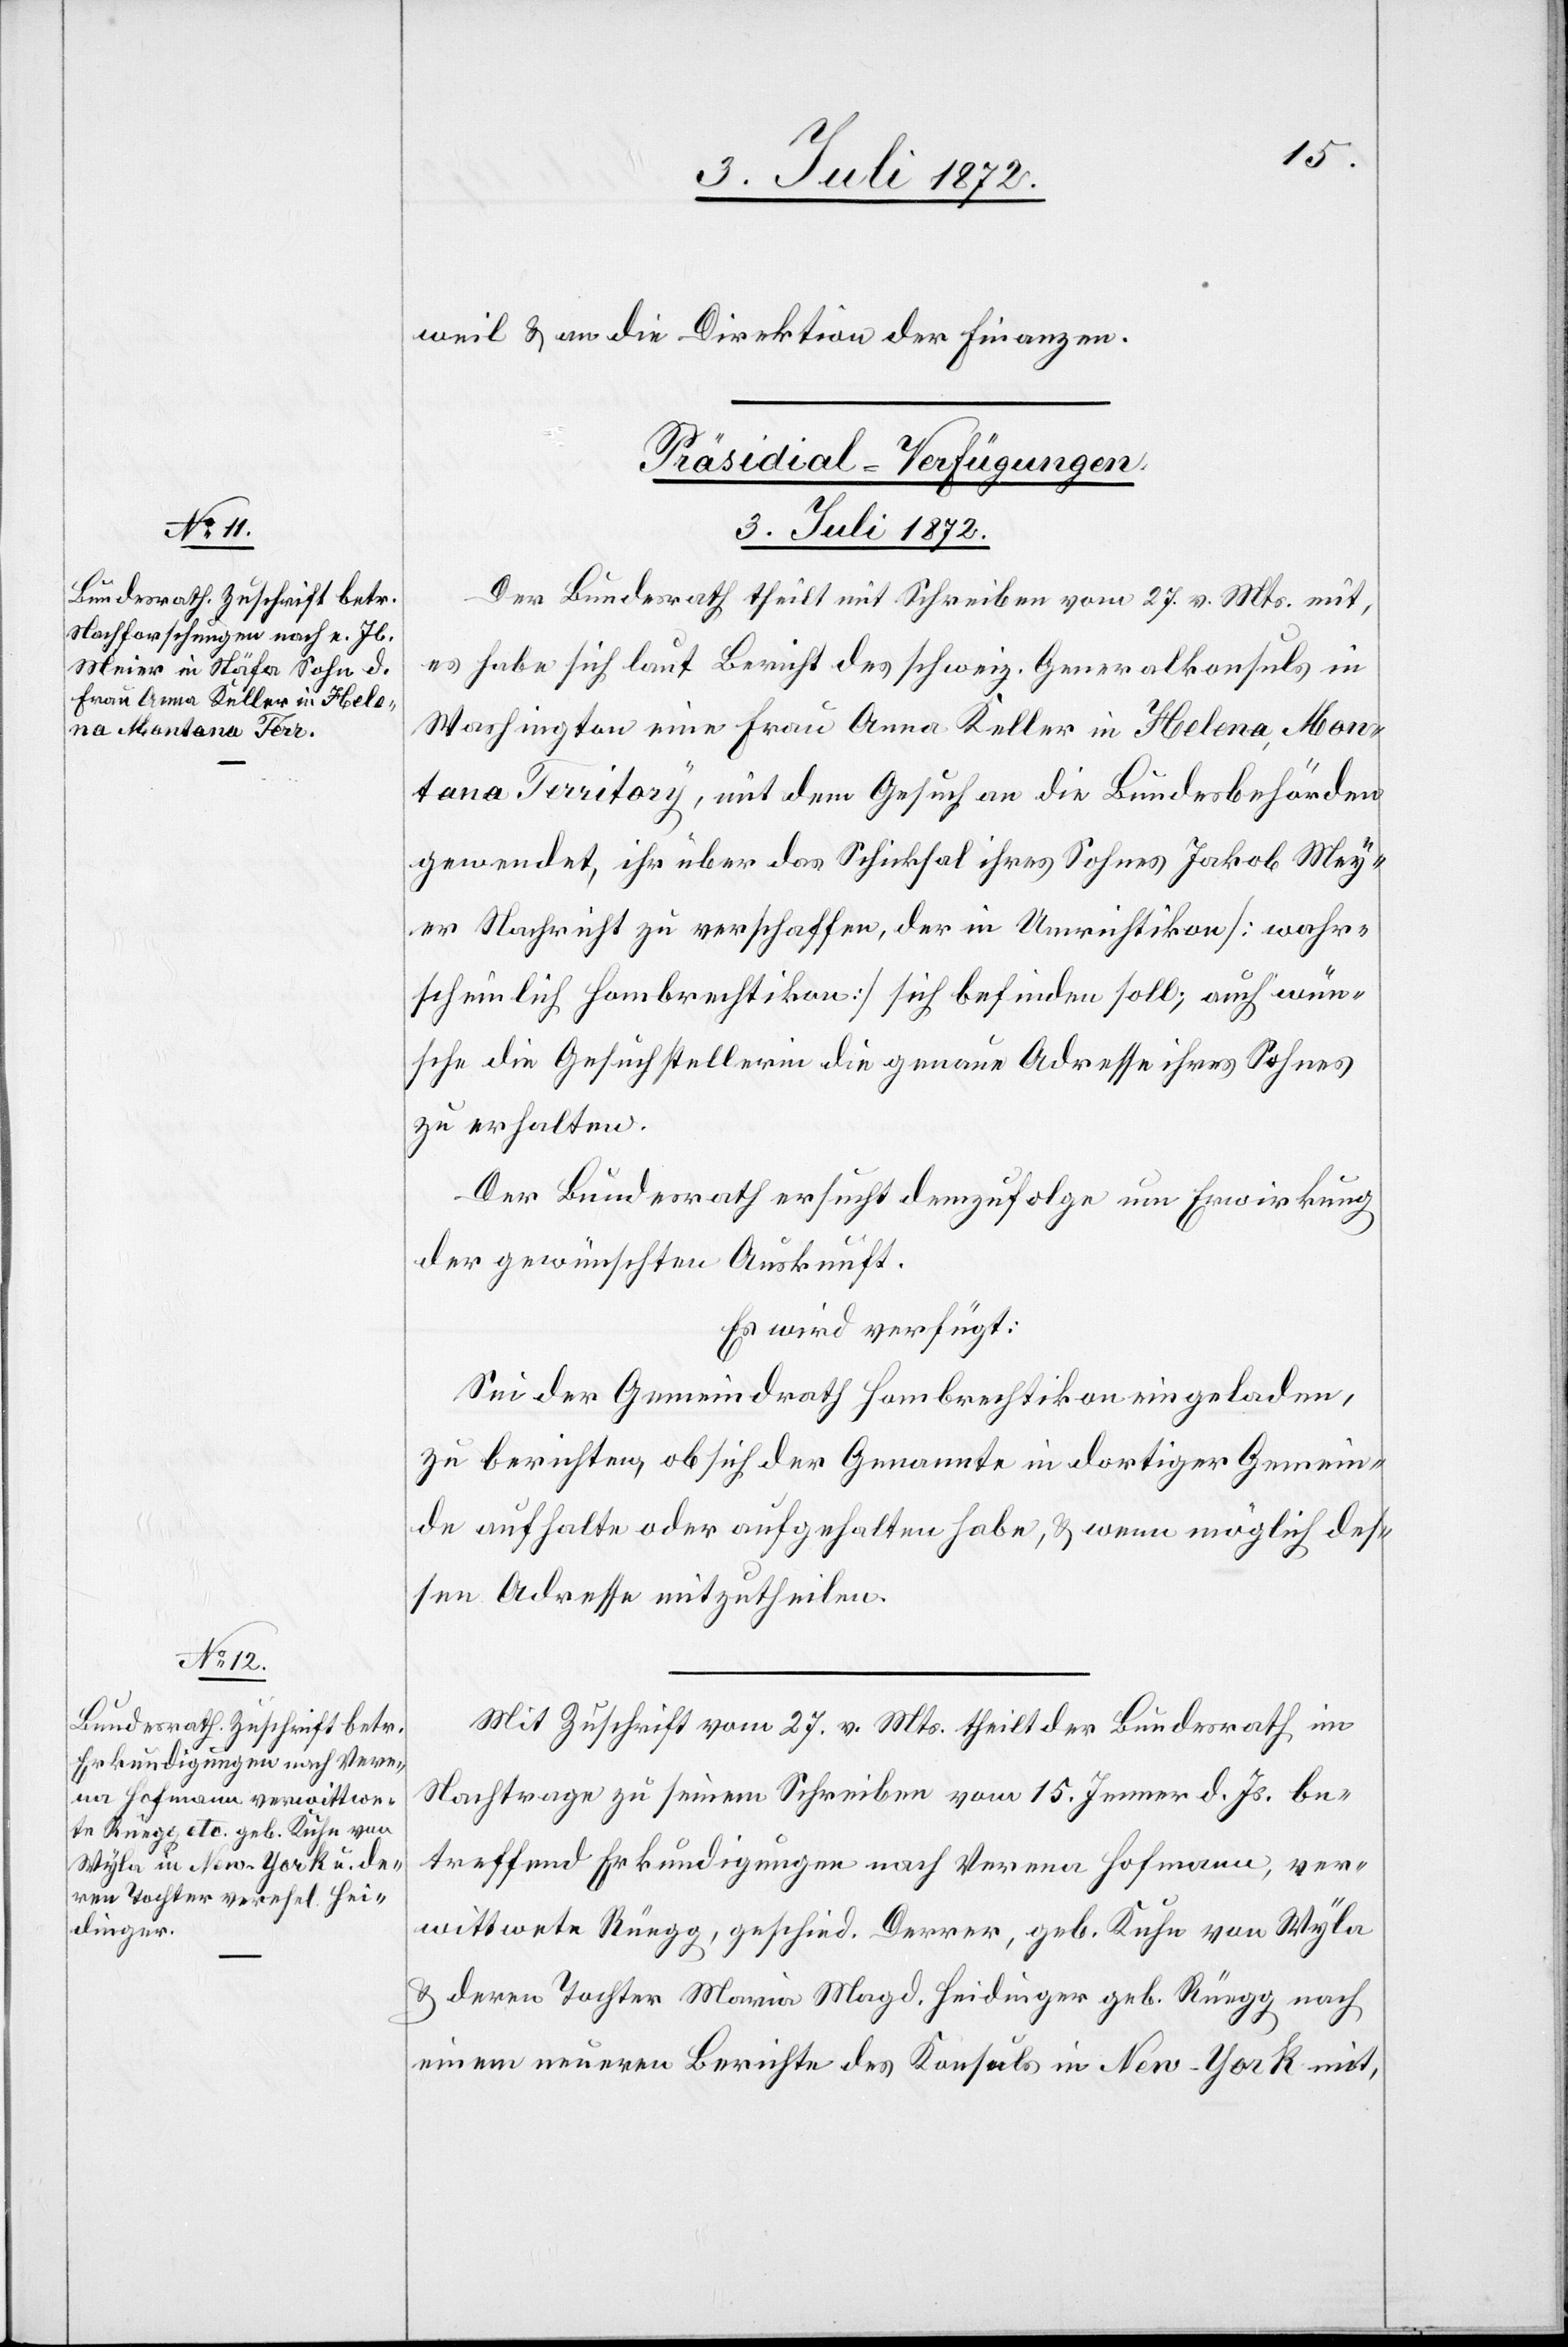
weil u. an die Direktion der Finanzen.
[Präsidial-Verfügungen
3. Juli 1872.]
Der Bundesrath theilt mit Schreiben vom 27. v. Mts. mit,
es habe sich laut Bericht des schweiz. Generalkonsuls in
Washington eine Frau Anna Keller in Helena, Mon¬
tana Territory, mit dem Gesuch an die Bundesbehörden
gewendet, ihr über das Schicksal ihres Sohnes Jakob Meyer
Nachricht zu verschaffen, der in Umrichtikon [wahr¬
scheinlich Hombrechtikon] sich befinden soll; auch wün¬
sche die Gesuchstellerin die genaue Adresse ihres Sohnes
zu erhalten.
Der Bundesrath ersucht demzufolge um Erwirkung
der gewünschten Auskunft.
Es wird verfügt:
Sei der Gemeindrath Hombrechtikon eingeladen,
zu berichten, ob sich der Genannte in dortiger Gemein¬
de aufhalte oder aufgehalten habe, u. wenn möglich des¬
sen Adresse mitzutheilen.
Mit Zuschrift vom 27. v. Mts. theilt der Bundesrath im
Nachtrage zu seinem Schreiben vom 15. Jenner d. Js. be¬
treffend Erkundigungen nach Verena Hofmann, ver¬
wittwete Rüegg, geschied. Derrer, geb. Kuhn von Wyla
u. deren Tochter Maria Magd. Heidinger geb. Rüegg nach
einem neueren Berichte des Konsuls in New-York mit,